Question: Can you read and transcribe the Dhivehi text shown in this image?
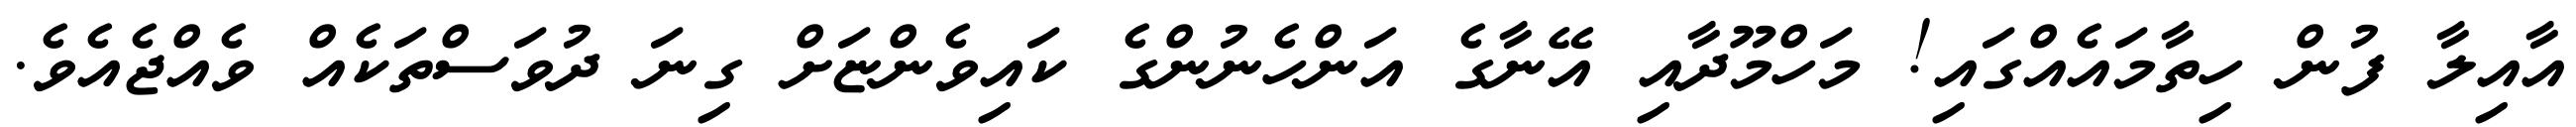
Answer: އާއިލާ ފުން ހިތާމައެއްގައި! މަހްމޫދާއި އޭނާގެ އަންހެނުންގެ ކައިވެންޏަށް ގިނަ ދުވަސްތަކެއް ވެއްޖެއެވެ.